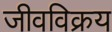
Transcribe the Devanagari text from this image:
जीवविक्रय